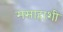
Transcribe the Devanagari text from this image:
मसाहाशी